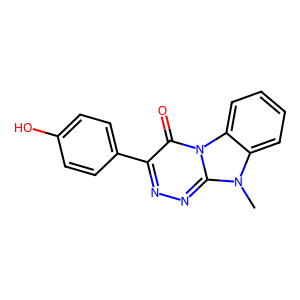
SMILES: Cn1c2ccccc2n2c(=O)c(-c3ccc(O)cc3)nnc12
Inhibits HIV replication: No